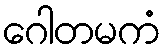
ဂေါတမကံ